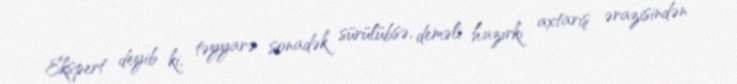
Ekspert deyib ki, təyyarə sonadək sürülübsə, deməli hazırkı axtarış ərazisindən